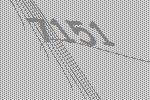
7151